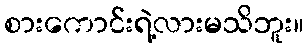
စားကောင်းရဲ့လားမသိဘူး။